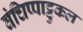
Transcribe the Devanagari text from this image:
वंचिप्पाट्टुकल